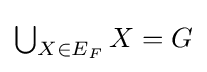
{\textstyle \bigcup _{X\in E_{F}}X=G}